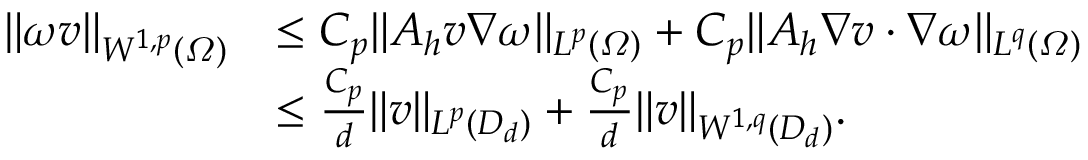
\begin{array} { r l } { \| \omega v \| _ { W ^ { 1 , p } ( \varOmega ) } } & { \leq C _ { p } \| A _ { h } v \nabla \omega \| _ { L ^ { p } ( \varOmega ) } + C _ { p } \| A _ { h } \nabla v \cdot \nabla \omega \| _ { L ^ { q } ( \varOmega ) } } \\ & { \leq \frac { C _ { p } } { d } \| v \| _ { L ^ { p } ( D _ { d } ) } + \frac { C _ { p } } { d } \| v \| _ { W ^ { 1 , q } ( D _ { d } ) } . } \end{array}